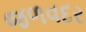
જળવદર